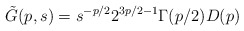
\begin{align*}\tilde G(p,s) = s^{-p/2}2^{3p/2-1}\Gamma(p/2)D(p)\end{align*}